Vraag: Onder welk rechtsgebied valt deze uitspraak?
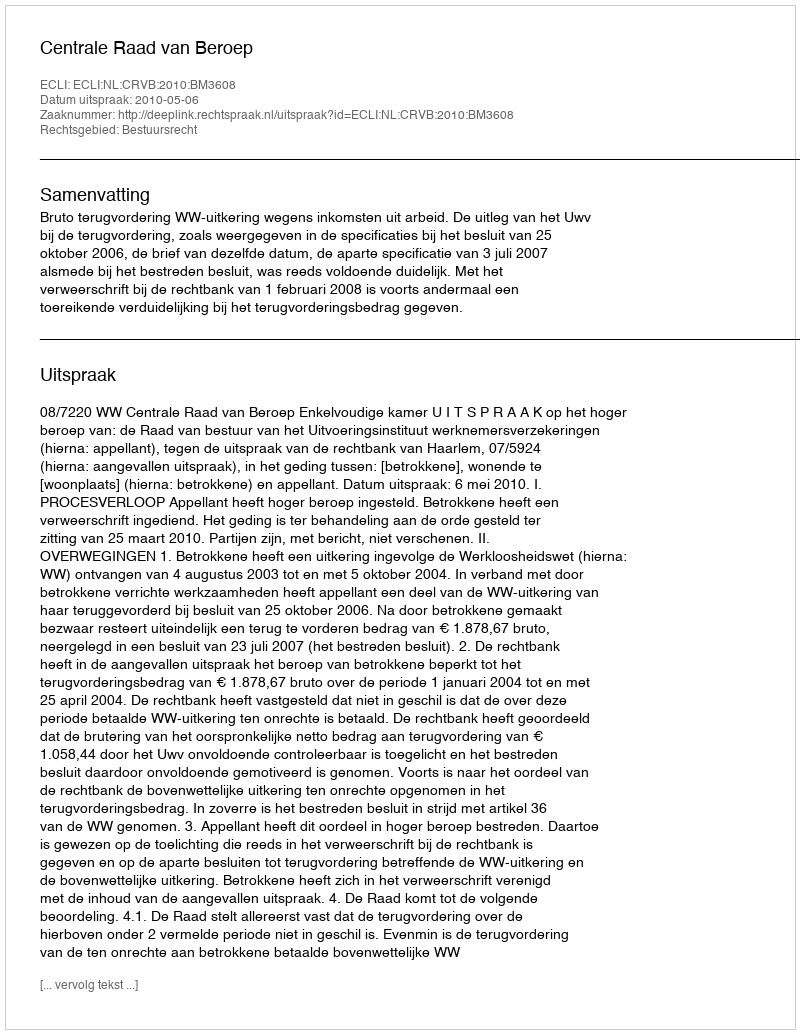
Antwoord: Bestuursrecht